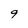
Character: 9